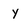
Character: y